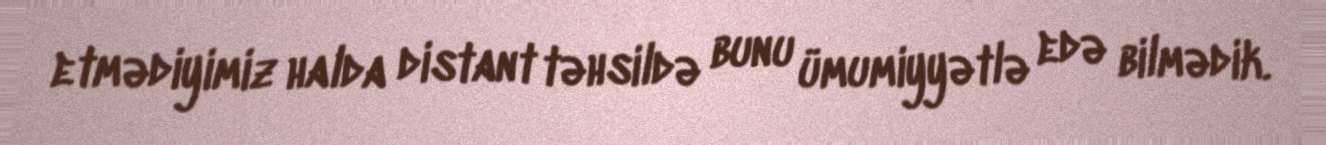
etmədiyimiz halda distant təhsildə bunu ümumiyyətlə edə bilmədik.